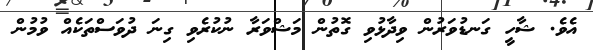
އެވެ. ޝާހީ ގަނޑުވަރުން ވިދާޅުވި ގޮތުން މަޝްވަރާ ނުކުރެވި ގިނަ ދުވަސްތަކެއް ވުމުން